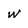
Character: W